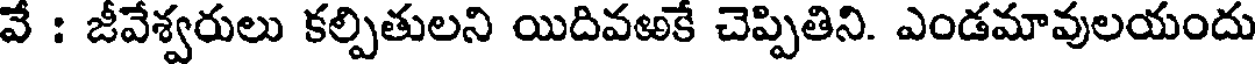
వే : జీవేశ్వరులు కల్పితులని యిదివఱకే చెప్పితిని. ఎండమావులయందు